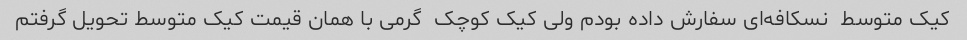
کیک متوسط  نسکافه‌ای سفارش داده بودم ولی کیک کوچک  گرمی با همان قیمت کیک متوسط تحویل گرفتم